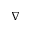
\nabla